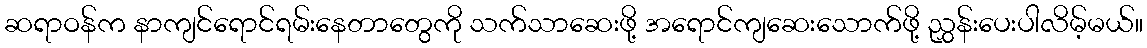
ဆရာဝန်က နာကျင်ရောင်ရမ်းနေတာတွေကို သက်သာဆေးဖို့ အရောင်ကျဆေးသောက်ဖို့ ညွှန်းပေးပါလိမ့်မယ်။